Report of the Bombay Veterinary College
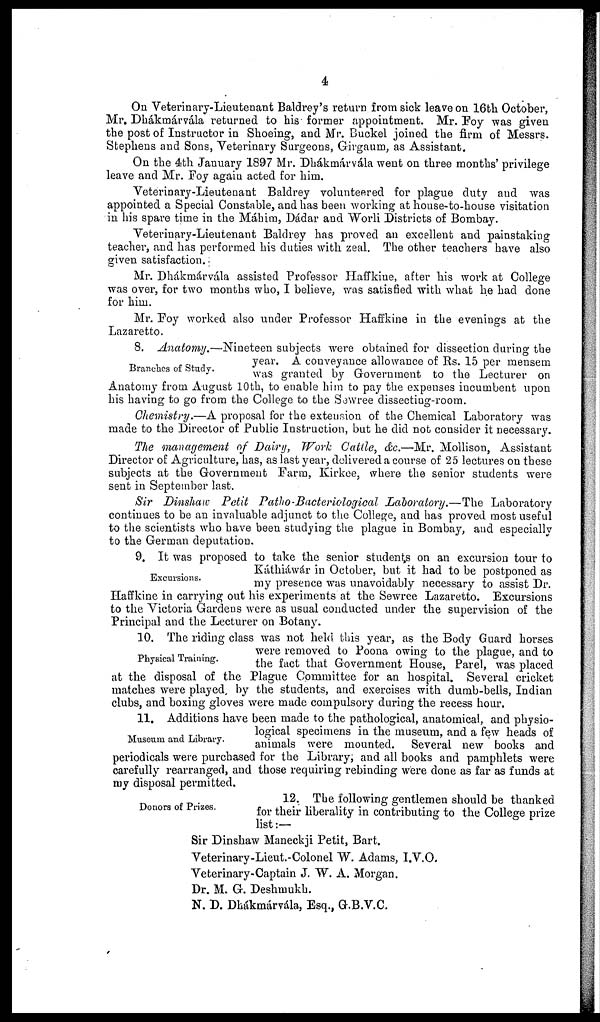
4
On Veterinary-Lieutenant Baldrey's return from sick leave on 16th October,
Mr. Dhákmárvála returned to his former appointment. Mr. Foy was given
the post of Instructor in Shoeing, and Mr. Buckel joined the firm of Messrs.
Stephens and Sons, Veterinary Surgeons, Girgaum, as Assistant.
On the 4th January 1897 Mr. Dhákmárvála went on three months' privilege
leave and Mr. Foy again acted for him.
Veterinary-Lieutenant Baldrey volunteered for plague duty and was
appointed a Special Constable, and has been working at house-to-house visitation
in his spare time in the Máhim, Dádar and Worli Districts of Bombay.
Veterinary-Lieutenant Baldrey has proved an excellent and painstaking
teacher, and has performed his duties with zeal. The other teachers have also
given satisfaction.
Mr. Dhákmárvála assisted Professor Haffkine, after his work at College
was over, for two months who, I believe, was satisfied with what he had done
for him.
Mr. Foy worked also under Professor Haffkine in the evenings at the
Lazaretto.
Branches of Study.
8. Anatomy.—Nineteen subjects were obtained for dissection during the
year. A conveyance allowance of Rs. 15 per mensem
was granted by Government to the Lecturer on
Anatomy from August 10th, to enable him to pay the expenses incumbent upon
his having to go from the College to the Sewree dissecting-room.
Chemistry.—A proposal for the extension of the Chemical Laboratory was
made to the Director of Public Instruction, but he did not consider it necessary.
The management of Dairy, Work Cattle, &c.—Mr. Mollison, Assistant
Director of Agriculture, has, as last year, delivered a course of 25 lectures on these
subjects at the Government Farm, Kirkee, where the senior students were
sent in September last.
Sir Dinshaw Petit Patho-Bacteriological Laboratory.—The Laboratory
continues to be an invaluable adjunct to the College, and has proved most useful
to the scientists who have been studying the plague in Bombay, and especially
to the German deputation.
Excursions.
9. It was proposed to take the senior students on an excursion tour to
Káthiáwár in October, but it had to be postponed as
my presence was unavoidably necessary to assist Dr.
Haffkine in carrying out his experiments at the Sewree Lazaretto. Excursions
to the Victoria Gardens were as usual conducted under the supervision of the
Principal and the Lecturer on Botany.
Physical Training.
10. The riding class was not held this year, as the Body Guard horses
were removed to Poona owing to the plague, and to
the fact that Government House, Parel, was placed
at the disposal of the Plague Committee for an hospital. Several cricket
matches were played, by the students, and exercises with dumb-bells, Indian
clubs, and boxing gloves were made compulsory during the recess hour.
Museum and Library.
11. Additions have been made to the pathological, anatomical, and physio-
logical specimens in the museum, and a few heads of
animals were mounted. Several new books and
periodicals were purchased for the Library; and all books and pamphlets were
carefully rearranged, and those requiring rebinding were done as far as funds at
my disposal permitted.
Donors of Prizes.
12. The following gentlemen should be thanked
for their liberality in contributing to the College prize
list :—
Sir Dinshaw Maneckji Petit, Bart.
Veterinary-Lieut.-Colonel W. Adams, I.V.O.
Veterinary-Captain J. W. A. Morgan.
Dr. M. G. Deshmukh.
N. D. Dhákmárvála, Esq., G.B.V.C.